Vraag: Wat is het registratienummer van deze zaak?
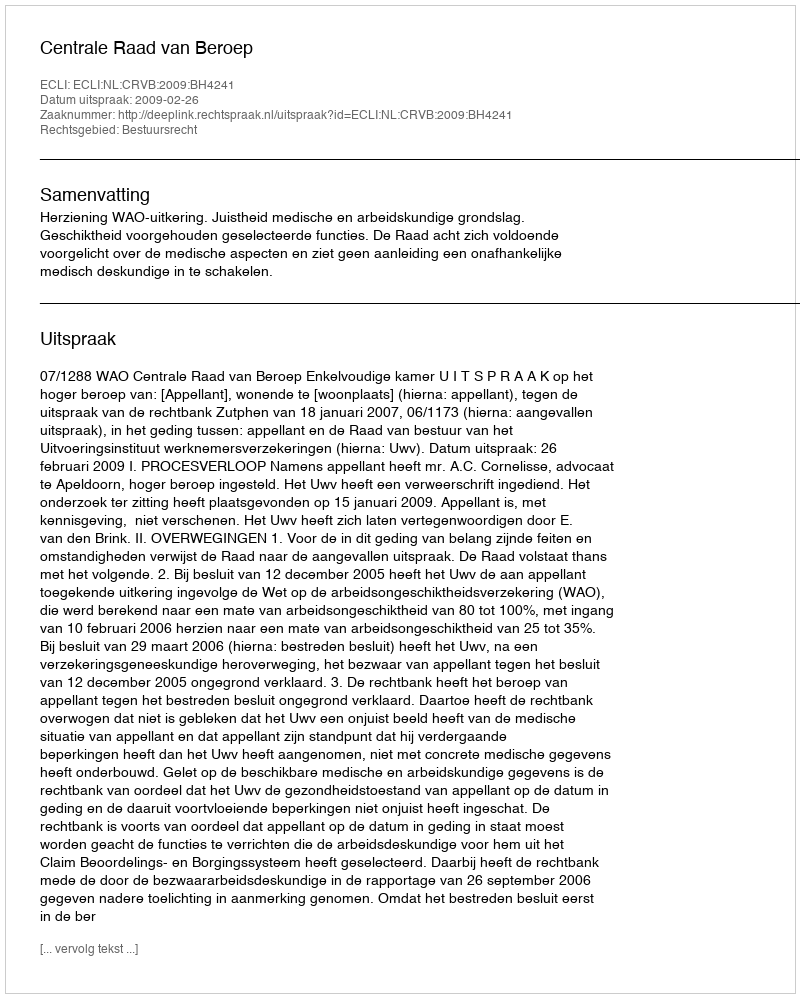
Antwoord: http://deeplink.rechtspraak.nl/uitspraak?id=ECLI:NL:CRVB:2009:BH4241